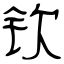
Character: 钦